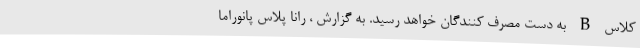
کلاس B به دست مصرف کنندگان خواهد رسید. به گزارش ، رانا پلاس پانوراما